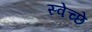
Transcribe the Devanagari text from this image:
स्वेच्छे